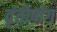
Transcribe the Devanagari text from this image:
वृंतोपांग